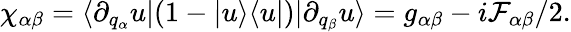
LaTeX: \chi_{\alpha\beta}=\langle\partial_{q_{\alpha}}u|(1-|u\rangle\langle u|)|\partial_{q_{\beta}}u\rangle=g_{\alpha\beta}-i\mathcal{F}_{\alpha\beta}/2.